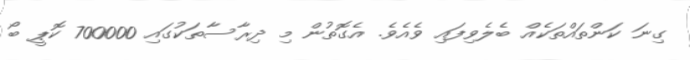
ގިނަ ކަންތައްތަކެއް ބެލެވިފައި ވެއެވެ. އެގޮތުން މި ދިރާސާތަކުގައި 700000 ކޮޕީ ބޯ